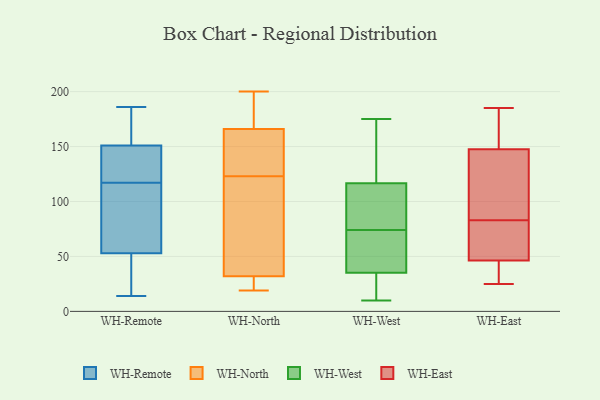
{"axis": {"x": "Inventory Turnover", "y": "Value"}, "legend": ["WH-East", "WH-North", "WH-Remote", "WH-West"], "data": [{"x": "", "y": 174, "type": "WH-Remote"}, {"x": "", "y": 151, "type": "WH-Remote"}, {"x": "", "y": 181, "type": "WH-Remote"}, {"x": "", "y": 143, "type": "WH-Remote"}, {"x": "", "y": 77, "type": "WH-Remote"}, {"x": "", "y": 99, "type": "WH-Remote"}, {"x": "", "y": 46, "type": "WH-Remote"}, {"x": "", "y": 14, "type": "WH-Remote"}, {"x": "", "y": 186, "type": "WH-Remote"}, {"x": "", "y": 171, "type": "WH-Remote"}, {"x": "", "y": 53, "type": "WH-Remote"}, {"x": "", "y": 29, "type": "WH-Remote"}, {"x": "", "y": 16, "type": "WH-Remote"}, {"x": "", "y": 54, "type": "WH-Remote"}, {"x": "", "y": 120, "type": "WH-Remote"}, {"x": "", "y": 134, "type": "WH-Remote"}, {"x": "", "y": 137, "type": "WH-Remote"}, {"x": "", "y": 114, "type": "WH-Remote"}, {"x": "", "y": 200, "type": "WH-North"}, {"x": "", "y": 103, "type": "WH-North"}, {"x": "", "y": 125, "type": "WH-North"}, {"x": "", "y": 162, "type": "WH-North"}, {"x": "", "y": 39, "type": "WH-North"}, {"x": "", "y": 198, "type": "WH-North"}, {"x": "", "y": 19, "type": "WH-North"}, {"x": "", "y": 121, "type": "WH-North"}, {"x": "", "y": 156, "type": "WH-North"}, {"x": "", "y": 196, "type": "WH-North"}, {"x": "", "y": 125, "type": "WH-North"}, {"x": "", "y": 32, "type": "WH-North"}, {"x": "", "y": 166, "type": "WH-North"}, {"x": "", "y": 20, "type": "WH-North"}, {"x": "", "y": 35, "type": "WH-North"}, {"x": "", "y": 19, "type": "WH-North"}, {"x": "", "y": 20, "type": "WH-North"}, {"x": "", "y": 175, "type": "WH-North"}, {"x": "", "y": 22, "type": "WH-West"}, {"x": "", "y": 114, "type": "WH-West"}, {"x": "", "y": 74, "type": "WH-West"}, {"x": "", "y": 10, "type": "WH-West"}, {"x": "", "y": 175, "type": "WH-West"}, {"x": "", "y": 100, "type": "WH-West"}, {"x": "", "y": 67, "type": "WH-West"}, {"x": "", "y": 124, "type": "WH-West"}, {"x": "", "y": 33, "type": "WH-West"}, {"x": "", "y": 135, "type": "WH-West"}, {"x": "", "y": 75, "type": "WH-West"}, {"x": "", "y": 59, "type": "WH-West"}, {"x": "", "y": 36, "type": "WH-West"}, {"x": "", "y": 131, "type": "WH-East"}, {"x": "", "y": 91, "type": "WH-East"}, {"x": "", "y": 26, "type": "WH-East"}, {"x": "", "y": 164, "type": "WH-East"}, {"x": "", "y": 142, "type": "WH-East"}, {"x": "", "y": 185, "type": "WH-East"}, {"x": "", "y": 58, "type": "WH-East"}, {"x": "", "y": 175, "type": "WH-East"}, {"x": "", "y": 41, "type": "WH-East"}, {"x": "", "y": 82, "type": "WH-East"}, {"x": "", "y": 25, "type": "WH-East"}, {"x": "", "y": 83, "type": "WH-East"}, {"x": "", "y": 48, "type": "WH-East"}]}